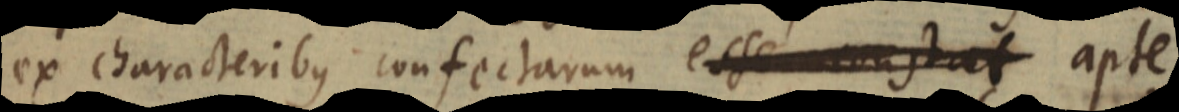
ex characteribus confectarum esse constat apte